65_HS1-834228961_62-HQ-83894_Section_6
Agency: FBI
Page 224
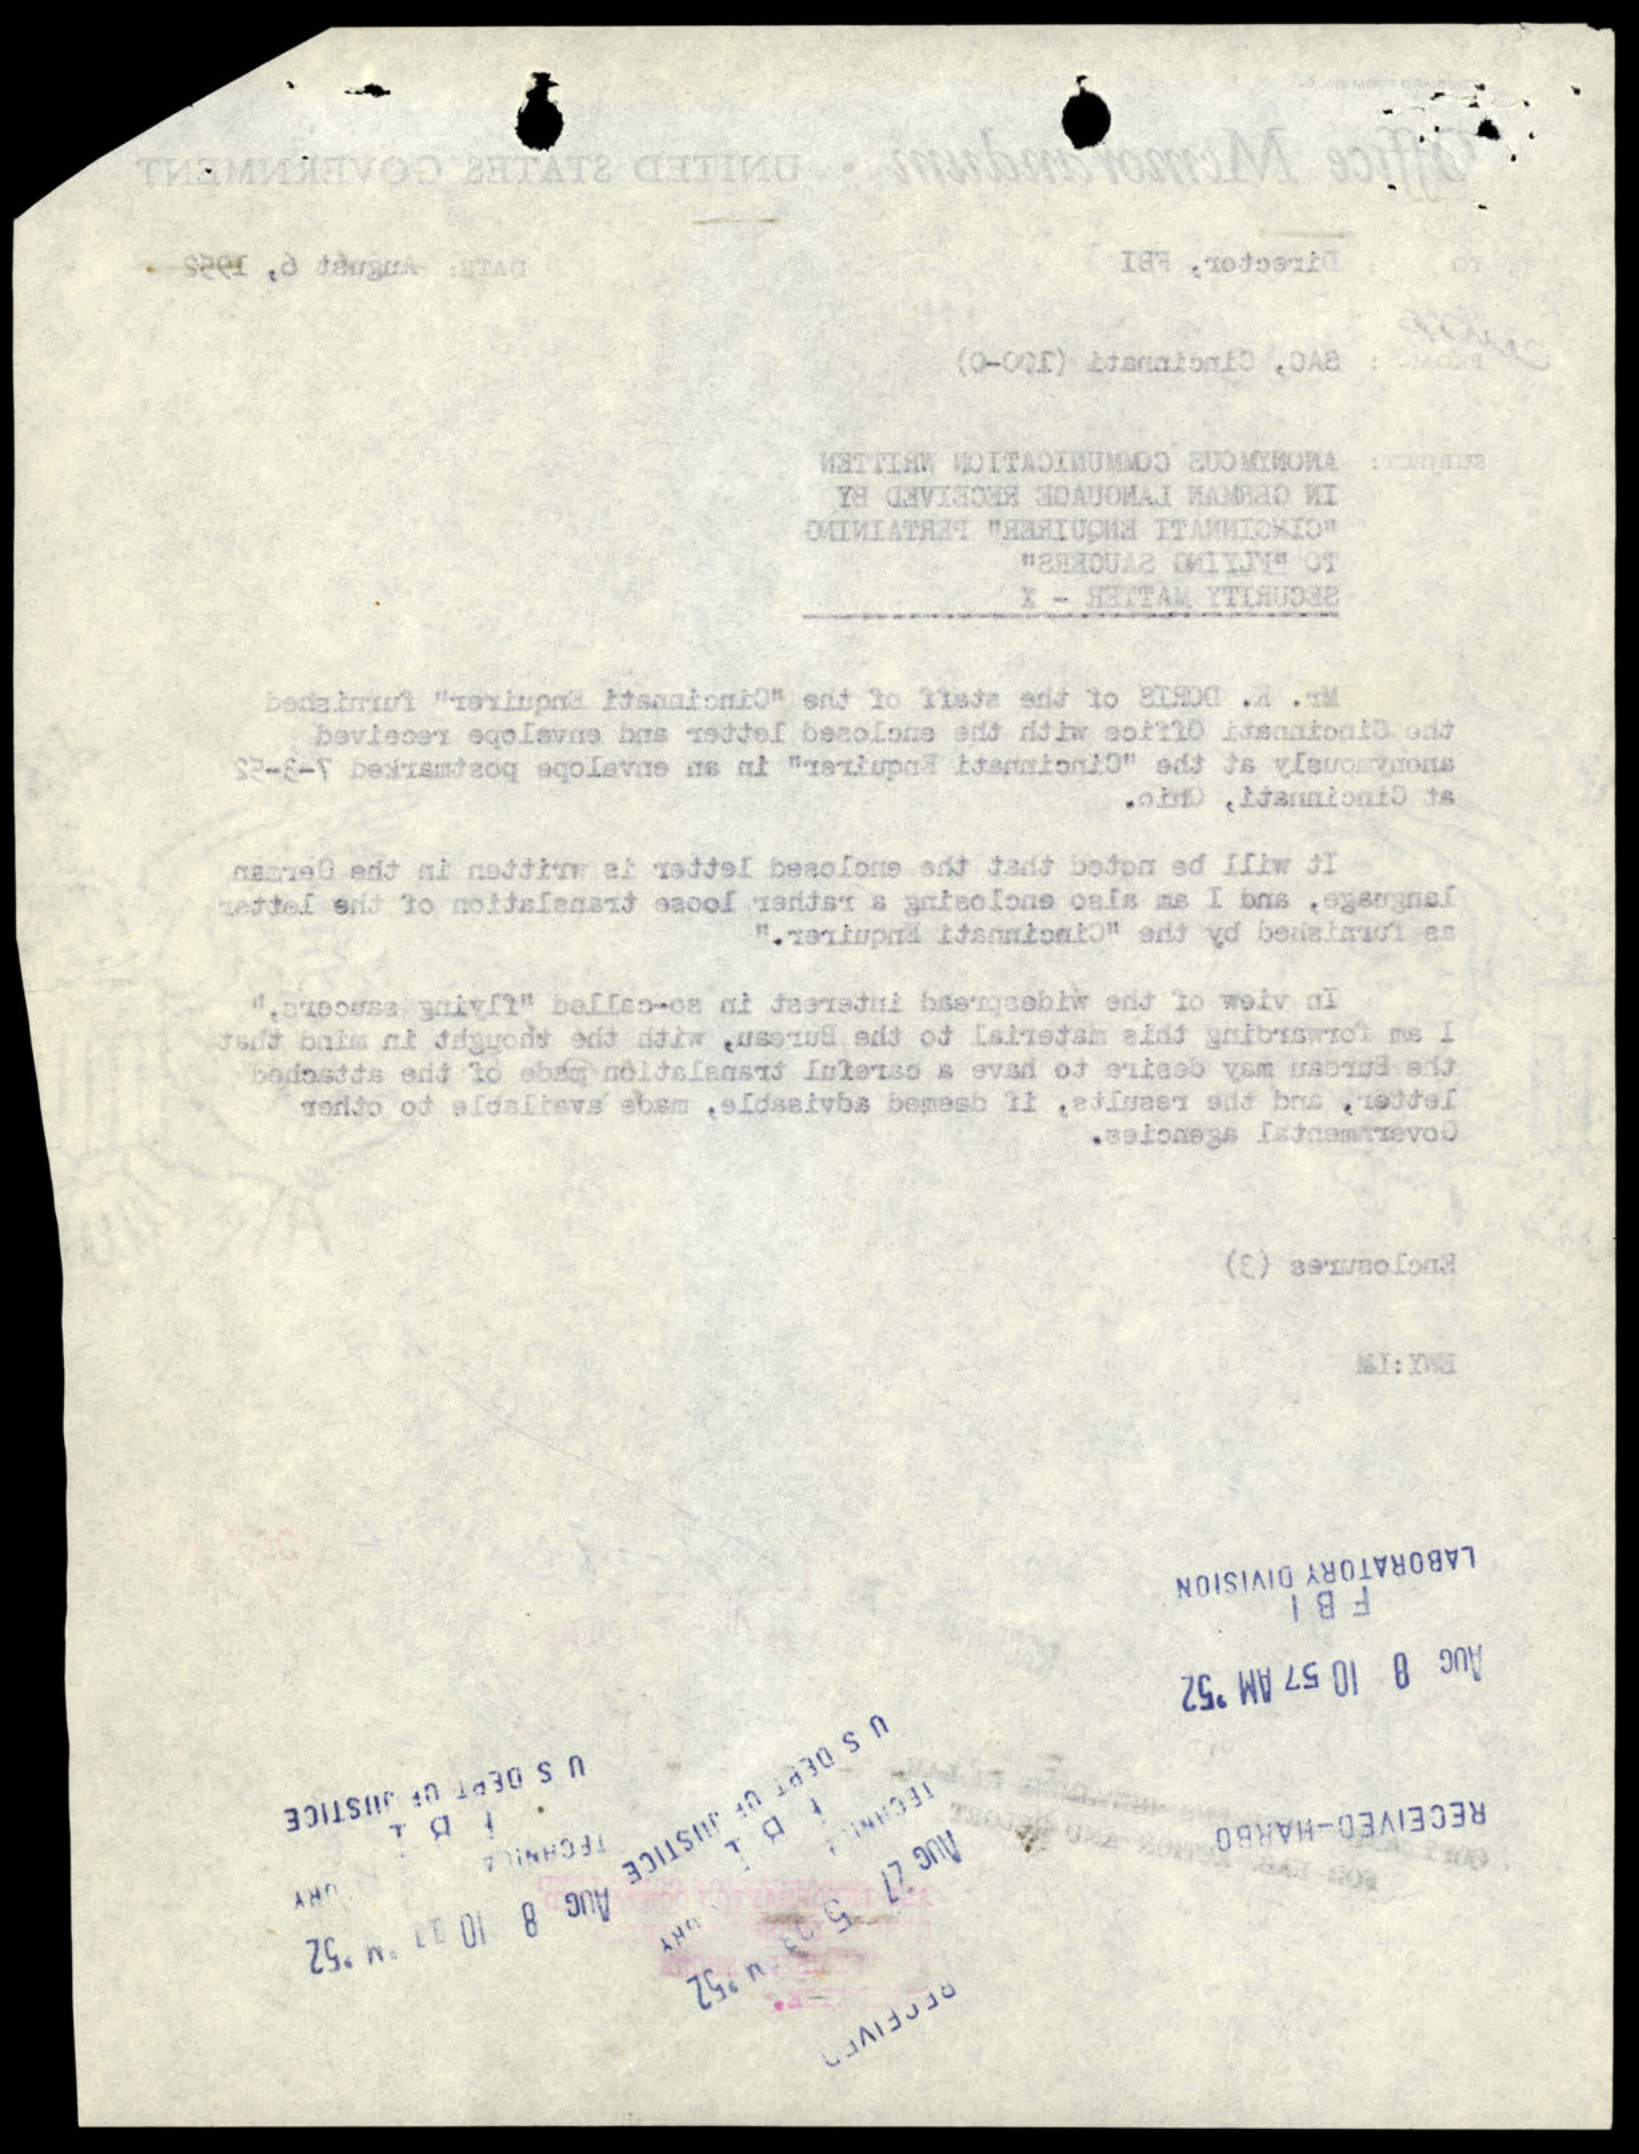